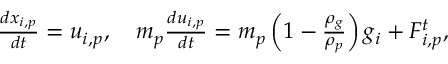
\begin{array} { r } { \frac { d x _ { i , p } } { d t } = u _ { i , p } , ~ ~ ~ m _ { p } \frac { d u _ { i , p } } { d t } = m _ { p } \left( 1 - \frac { \rho _ { g } } { \rho _ { p } } \right) g _ { i } + F _ { i , p } ^ { t } , } \end{array}